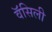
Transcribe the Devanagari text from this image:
वॅसिली